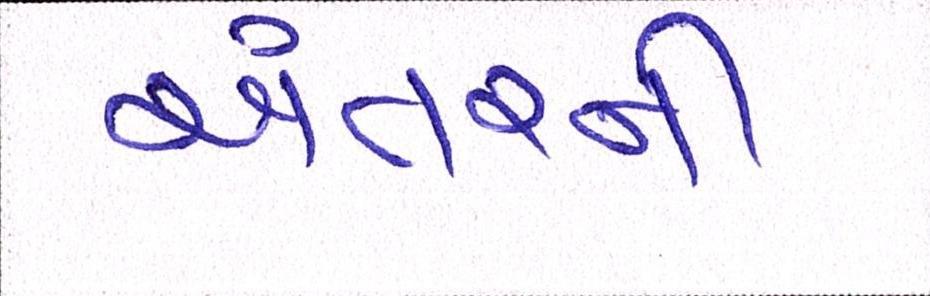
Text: અંતરની